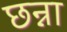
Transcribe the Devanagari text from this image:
छन्ना